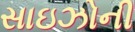
સાઇઝોની